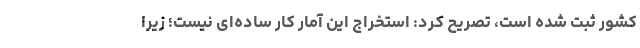
کشور ثبت شده است، تصریح کرد: استخراج این آمار کار ساده‌ای نیست؛ زیرا